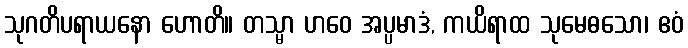
သုဂတိပရာယနော ဟောတိ။ တသ္မာ ဟဝေ အပ္ပမာဒံ, ကယိရာထ သုမေဓသော၊ ဧဝံ